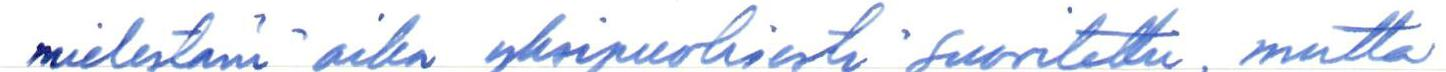
mielestäni aika yksipuolisesti suoritettu, mutta